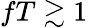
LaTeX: fT\gtrsim 1